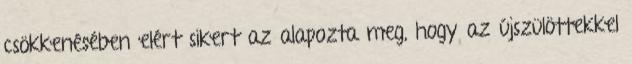
csökkenésében elért sikert az alapozta meg, hogy az újszülöttekkel